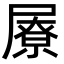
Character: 㞠